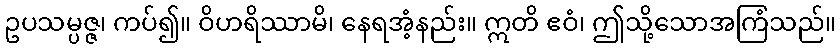
ဥပသမ္ပဇ္ဇ၊ ကပ်၍။ ဝိဟရိဿာမိ၊ နေရအံ့နည်း။ ဣတိ ဧဝံ၊ ဤသို့သောအကြံသည်။